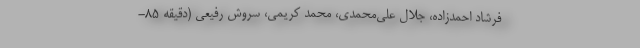
فرشاد احمدزاده، جلال علی‌محمدی، محمد کریمی، سروش رفیعی (دقیقه ۸۵-